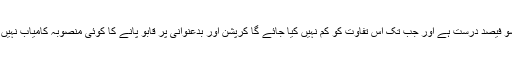
یہ بات سو فیصد درست ہے اور جب تک اس تفاوت کو کم نہیں کیا جائے گا کرپشن اور بدعنوانی پر قابو پانے کا کوئی منصوبہ کامیاب نہیں ہو سکتا۔